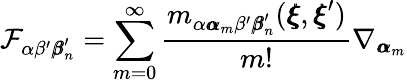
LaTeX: \mathcal{F}_{\alpha\beta^{\prime}{\pmb\beta}_{n}^{\prime}}=\sum_{m=0}^{\infty}\frac{m_{\alpha{\pmb\alpha}_{m}\beta^{\prime}{\pmb\beta}_{n}^{\prime}}({\pmb\xi},{\pmb\xi}^{\prime})}{m!}\nabla_{{\pmb\alpha}_{m}}